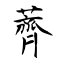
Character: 薺